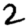
Digit: 2